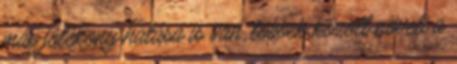
más jótékony hatása is van, többek között növeli a